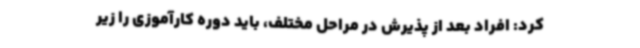
کرد: افراد بعد از پذیرش در مراحل مختلف، باید دوره کارآموزی را زیر